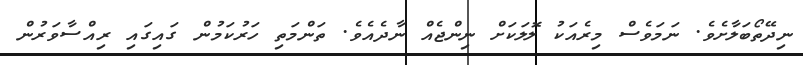
ނިދޭތޯބަލާށެވެ. ނަމަވެސް މިރެއަކު ލޮލަކަށް ނިންޖެއް ނާދެއެވެ. ތަންމަތި ހަރުކަމުން ގައިގައި ރިއްސާވަރުން